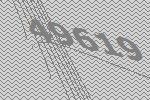
49619